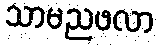
သာမညဖလာ